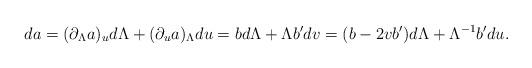
LaTeX: \begin{align*}da=(\partial_\Lambda a)_ud\Lambda+(\partial_u a)_\Lambda du=bd\Lambda +\Lambda b' dv=(b-2vb')d\Lambda+\Lambda^{-1}b'du.\end{align*}